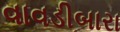
વાવડીબારા